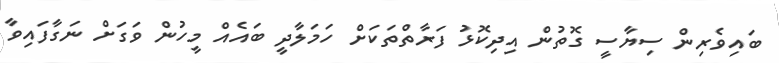
ބައިވެރިން ސިޔާސީ ގޮތުން އިދިިކޮޅު ފަރާތްތަކަށް ހަމަލާދީ ބައެއް މީހުން ވަގަށް ނަގާފައިވާ